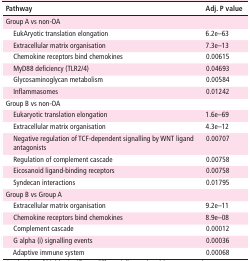
| Pathway | Adj. P value |
 | --- | --- |
 | Group A vs non-OA |  |
 | EukAryotic translation elongation | 6.2e–63 |
 | Extracellular matrix organisation | 7.3e–13 |
 | Chemokine receptors bind chemokines | 0.00615 |
 | MyD88 deficiency (TLR2/4) | 0.04693 |
 | Glycosaminoglycan metabolism | 0.00584 |
 | Inflammasomes | 0.01242 |
 | Group B vs non-OA |  |
 | Eukaryotic translation elongation | 1.6e–69 |
 | Extracellular matrix organisation | 4.3e–12 |
 | Negative regulation of TCF-dependent signalling by WNT ligand antagonists | 0.00707 |
 | Regulation of complement cascade | 0.00758 |
 | Eicosanoid ligand-binding receptors | 0.00758 |
 | Syndecan interactions | 0.01795 |
 | Group B vs Group A |  |
 | Extracellular matrix organisation | 9.2e–11 |
 | Chemokine receptors bind chemokines | 8.9e–08 |
 | Complement cascade | 0.00012 |
 | G alpha (i) signalling events | 0.00036 |
 | Adaptive immune system | 0.00068 |